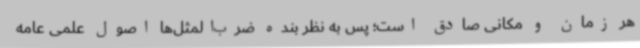
هر زمان و مکانی صادق است؛ پس به نظر بنده ضرب‌المثل‌ها اصول علمی عامه